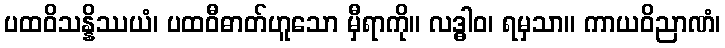
ပထဝိသန္နိဿယံ၊ ပထဝီဓာတ်ဟူသော မှီရာကို။ လဒ္ဓါဝ၊ ရမှသာ။ ကာယဝိညာဏံ၊